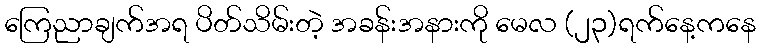
ကြေညာချက်အရ ပိတ်သိမ်းတဲ့ အခန်းအနားကို မေလ (၂၃)ရက်နေ့ကနေ